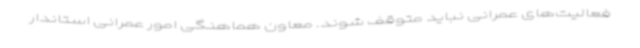
فعالیت‌های عمرانی نباید متوقف شوند. معاون هماهنگی امور عمرانی استاندار